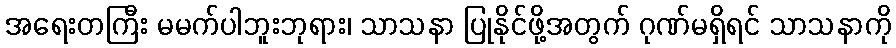
အရေးတကြီး မမက်ပါဘူးဘုရား၊ သာသနာ ပြုနိုင်ဖို့အတွက် ဂုဏ်မရှိရင် သာသနာကို